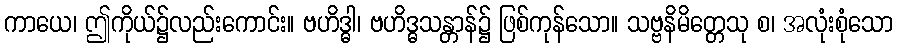
ကာယေ၊ ဤကိုယ်၌လည်းကောင်း။ ဗဟိဒ္ဓါ၊ ဗဟိဒ္ဓသန္တာန်၌ ဖြစ်ကုန်သော။ သဗ္ဗနိမိတ္တေသု စ၊ အလုံးစုံသော